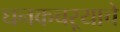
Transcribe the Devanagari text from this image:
घनकचऱ्याचे